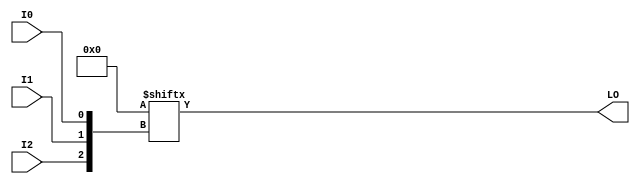
// This program was cloned from: https://github.com/jhshi/openofdm
// License: Apache License 2.0

// $Header: /devl/xcs/repo/env/Databases/CAEInterfaces/verunilibs/data/unisims/LUT3_L.v,v 1.7 2007/05/23 21:43:39 patrickp Exp $
///////////////////////////////////////////////////////////////////////////////
// Copyright (c) 1995/2004 Xilinx, Inc.
// All Right Reserved.
///////////////////////////////////////////////////////////////////////////////
//   ____  ____
//  /   /\/   /
// /___/  \  /    Vendor : Xilinx
// \   \   \/     Version : 10.1
//  \   \         Description : Xilinx Functional Simulation Library Component
//  /   /                  3-input Look-Up-Table with Local Output
// /___/   /\     Filename : LUT3_L.v
// \   \  /  \    Timestamp : Thu Mar 25 16:42:54 PST 2004
//  \___\/\___\
//
// Revision:
//    03/23/04 - Initial version.
//    02/04/05 - Rev 0.0.1 Replace premitive with function; Remove buf.
//    05/23/07 - Changed timescale to 1 ps / 1 ps.

`timescale  1 ps / 1 ps


module LUT3_L (LO, I0, I1, I2);

    parameter INIT = 8'h00;

    input I0, I1, I2;

    output LO;
    reg LO;
    reg tmp;
  
    always @(  I2 or  I1 or  I0 )  begin
      tmp =  I0 ^ I1  ^ I2;
      if ( tmp == 0 || tmp == 1)
           LO = INIT[{I2, I1, I0}];
      else
           LO = lut3_mux4 ( {1'b0, 1'b0, lut3_mux4 (INIT[7:4], {I1, I0}),
                          lut3_mux4 (INIT[3:0], {I1, I0}) }, {1'b0, I2});
    end

  function lut3_mux4;
  input [3:0] d;
  input [1:0] s;

  begin
       if ((s[1]^s[0] ==1) || (s[1]^s[0] ==0))
           lut3_mux4 = d[s];
         else if ((d[0] === d[1]) && (d[2] === d[3]) && (d[0] === d[2]))
           lut3_mux4 = d[0];
         else if ((s[1] == 0) && (d[0] === d[1]))
           lut3_mux4 = d[0];
         else if ((s[1] == 1) && (d[2] === d[3]))
           lut3_mux4 = d[2];
         else if ((s[0] == 0) && (d[0] === d[2]))
           lut3_mux4 = d[0];
         else if ((s[0] == 1) && (d[1] === d[3]))
           lut3_mux4 = d[1];
         else
           lut3_mux4 = 1'bx;
   end
   endfunction

endmodule